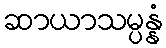
ဆာယာသမ္ပန္နံ